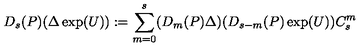
D _ { s } ( P ) ( \Delta \exp ( U ) ) : = \sum _ { m = 0 } ^ { s } ( D _ { m } ( P ) \Delta ) ( D _ { s - m } ( P ) \exp ( U ) ) C _ { s } ^ { m }